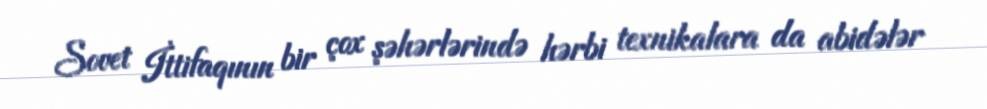
Sovet İttifaqının bir çox şəhərlərində hərbi texnikalara da abidələr